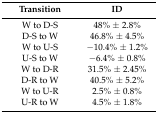
<table><thead><tr><td><b>Transition</b></td><td><b>ID</b></td></tr></thead><tbody><tr><td>W to D-S</td><td>48% ± 2.8%</td></tr><tr><td>D-S to W</td><td>46.8% ± 4.5%</td></tr><tr><td>W to U-S</td><td>−10.4% ± 1.2%</td></tr><tr><td>U-S to W</td><td>−6.4% ± 0.8%</td></tr><tr><td>W to D-R</td><td>31.5% ± 2.45%</td></tr><tr><td>D-R to W</td><td>40.5% ± 5.2%</td></tr><tr><td>W to U-R</td><td>2.5% ± 0.8%</td></tr><tr><td>U-R to W</td><td>4.5% ± 1.8%</td></tr></tbody></table>